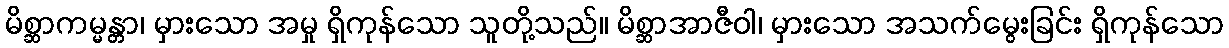
မိစ္ဆာကမ္မန္တာ၊ မှားသော အမှု ရှိကုန်သော သူတို့သည်။ မိစ္ဆာအာဇီဝါ၊ မှားသော အသက်မွေးခြင်း ရှိကုန်သော